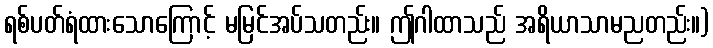
ရစ်ပတ်ရံထားသောကြောင့် မမြင်အပ်သတည်း။ ဤဂါထာသည် အရိယာသာမညတည်း။)